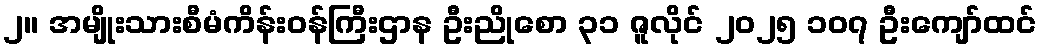
၂။ အမျိုးသားစီမံကိန်းဝန်ကြီးဌာန ဦးညိုစော ၃၁ ဇူလိုင် ၂၀၂၅ ၁၀၇ ဦးကျော်ထင်